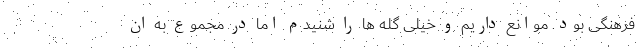
فرهنگی بود. موانع داریم و خیلی گله ها را شنیدم اما در مجموع به ان